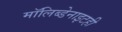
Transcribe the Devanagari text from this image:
मॉलिब्डेनाइटही